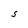
Character: S